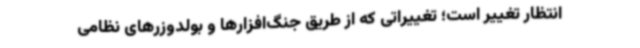
انتظار تغییر است؛ تغییراتی که از طریق جنگ‌افزارها و بولدوزرهای نظامی